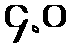
၄.ဝ